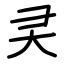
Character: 㚑